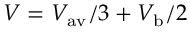
V = V _ { { \mathrm { a v } } } / 3 + V _ { \mathrm { b } } / 2